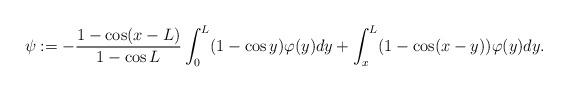
LaTeX: \begin{align*}\psi : =-\frac{1-\cos(x-L)}{1-\cos L}\int_0^L (1-\cos y)\varphi(y)dy+\int_x^L(1-\cos(x-y))\varphi(y)dy.\end{align*}